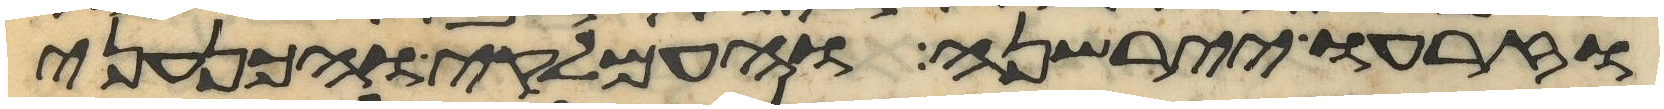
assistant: וזרעו יירשנה והעמלקי והכנעני